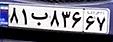
۸۱ب۸۳۶۶۷